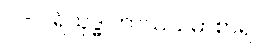
၁ - ပရိသုဒ္ဓ ကာယသမာစာရ၊